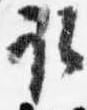
取